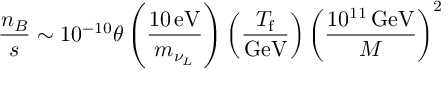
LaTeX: \frac { n _ { B } } { s } \sim 1 0 ^ { - 1 0 } \theta \left( \frac { 1 0 \, \mathrm { e V } } { m _ { \nu _ { L } } } \right) \left( \frac { T _ { \mathrm { f } } } { \mathrm { G e V } } \right) \left( \frac { 1 0 ^ { 1 1 } \, \mathrm { G e V } } { M } \right) ^ { 2 }